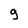
Character: 9